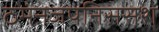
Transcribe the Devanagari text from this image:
ठमंनजपनिससश्